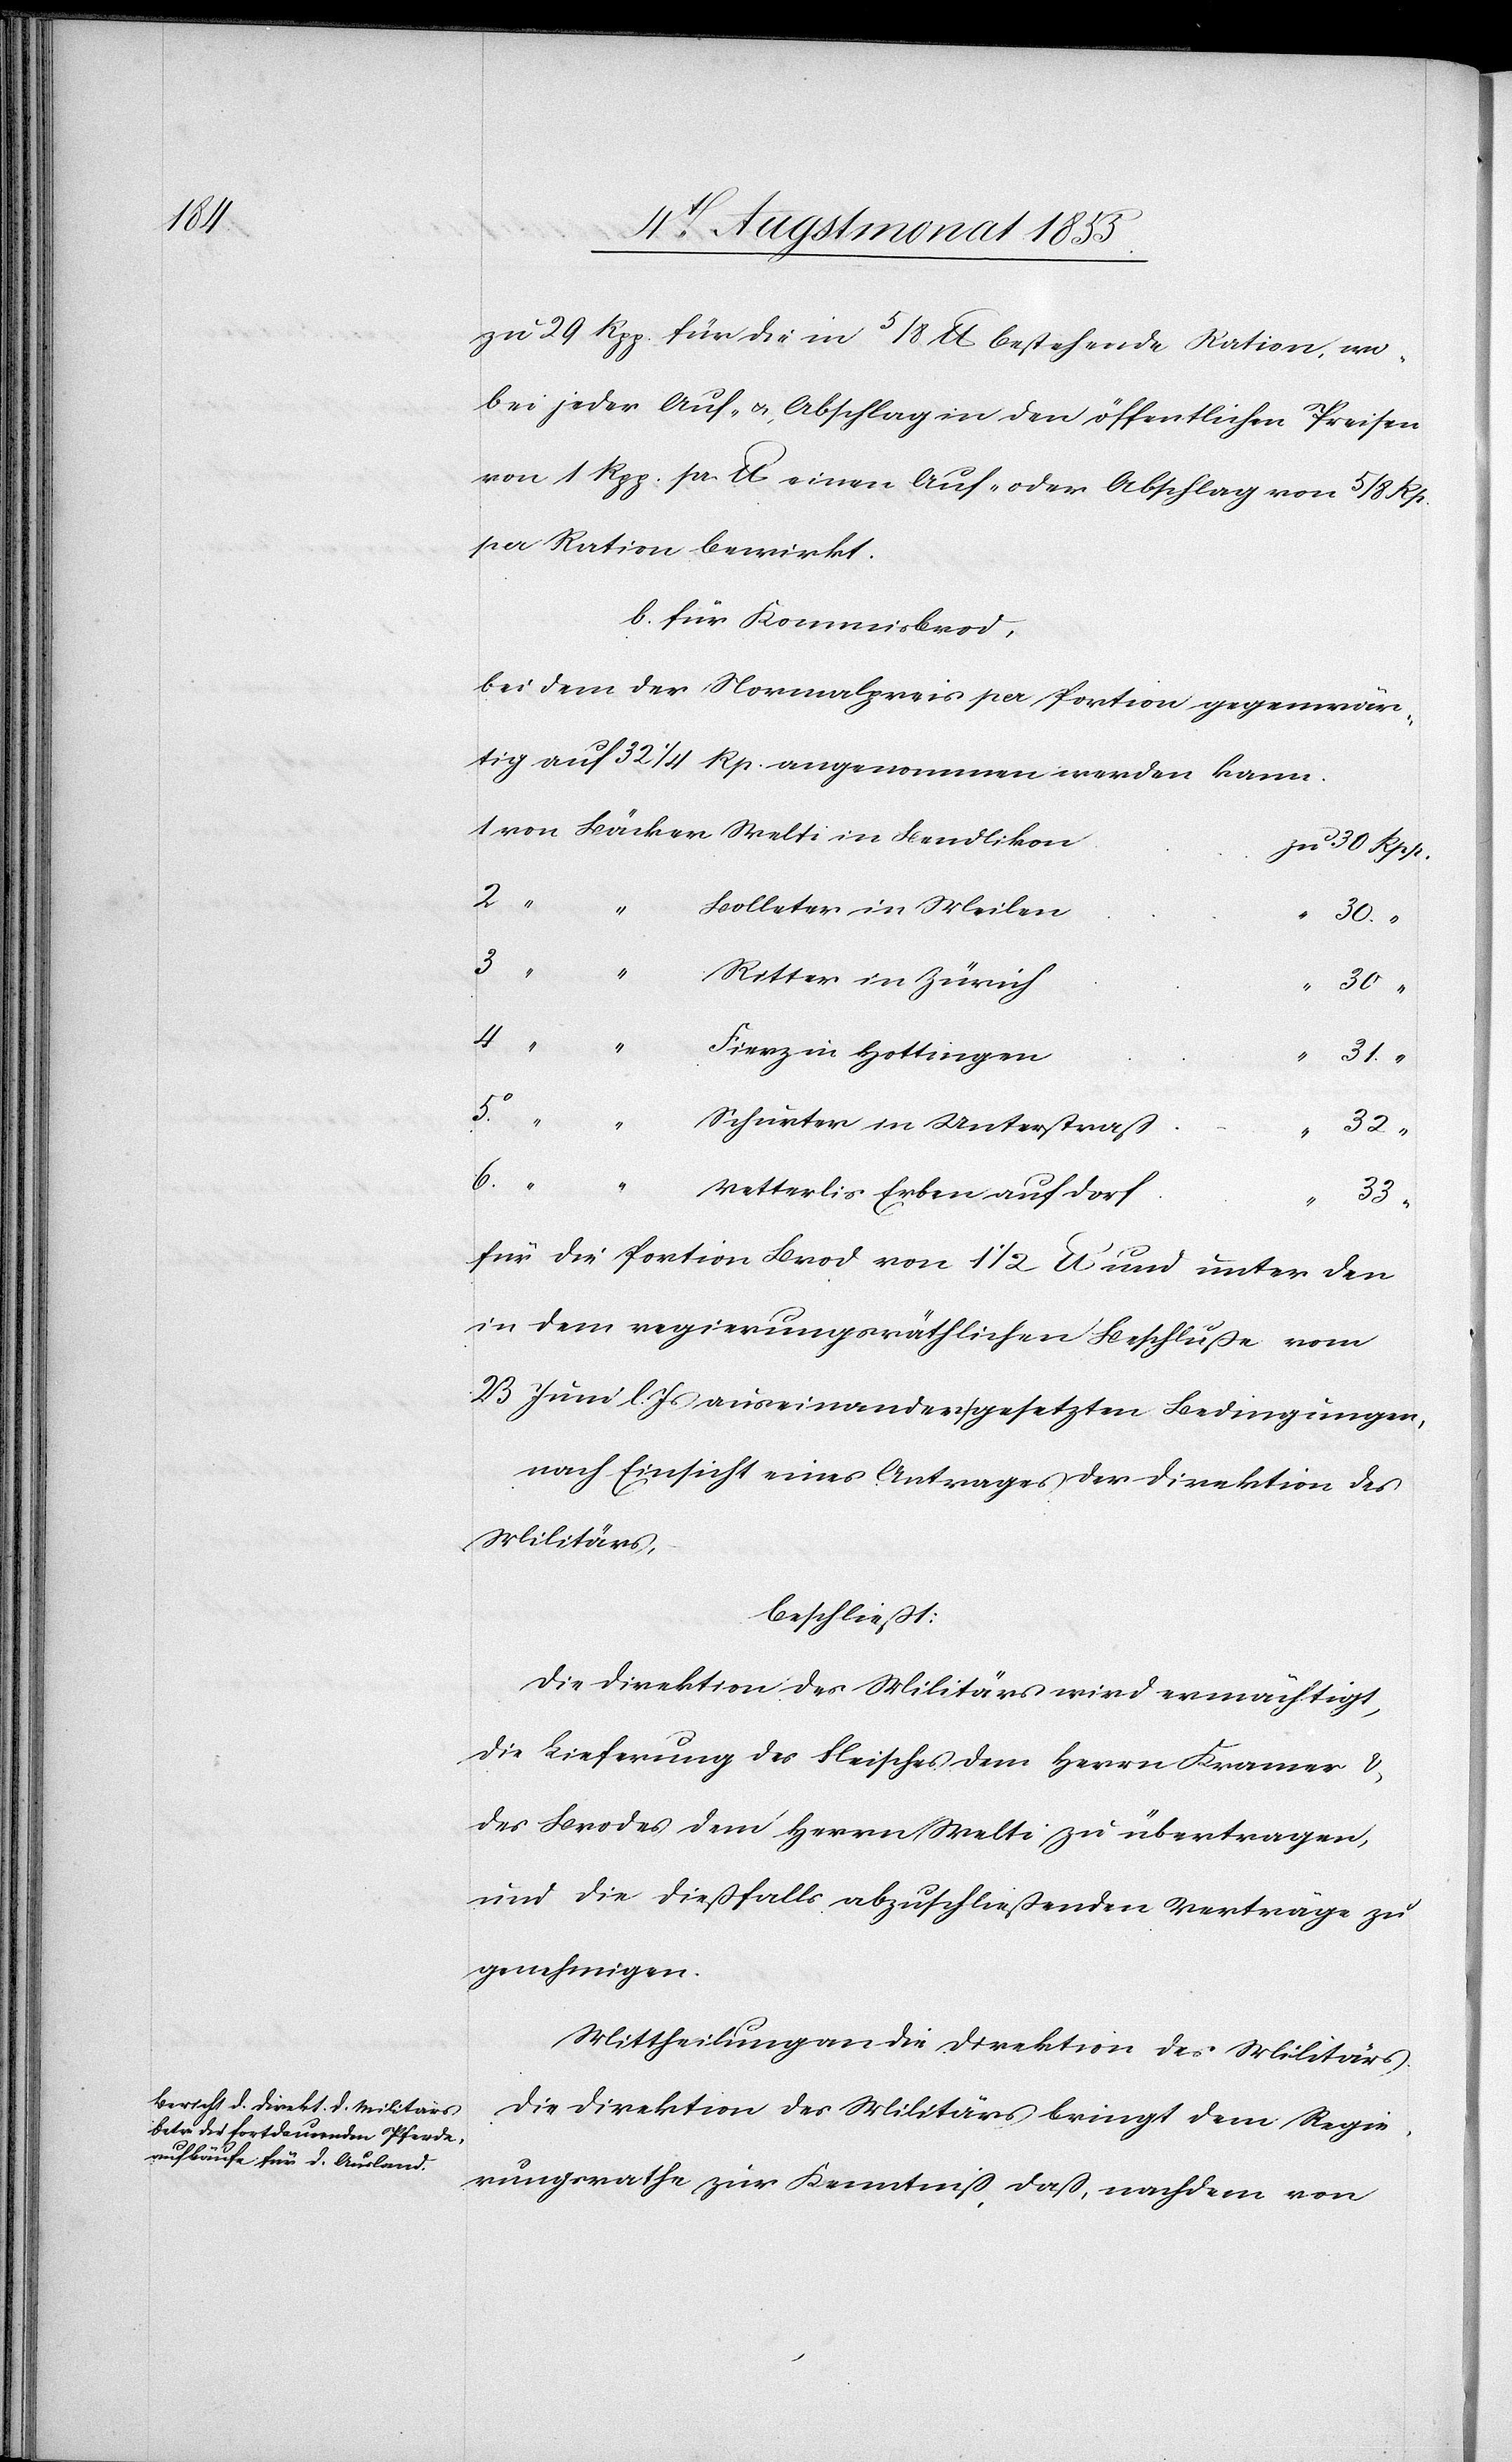
zu 29 Rpp. für die in 5/8 lb. bestehende Ration, wo¬
bei jeder Auf- & Abschlag in den öffentlichen Preisen
von 1 Rpp. pr. lb. einen Auf- oder Abschlag von 5/8 Rp.
per Ration bewirkt.
b. für Kommisbrod,
bei dem der Normalpreis per Portion gegenwär¬
tig auf 32 1/4 Rp. angenommen werden kann.
von Bäcker Welti in Bendlikon
30 Rpp.
“ “
Bolleter in Meilen
30.
“ “
Ritter in Zürich
30 “
Fierz in Hottingen
31.
5o.
Schurter in Unterstraß
32
“
6.
33 “
Vetterlis Erben auf Dorf
für die Portion Brod von 1 1/2 lb. und unter den
in dem regierungsräthlichen Beschluße vom
23 Juni l. Js auseinander gesetzten Bedingungen,
nach Einsicht eines Antrages der Direktion des
Militärs,
beschließt:
Die Direktion des Militärs wird ermächtigt,
die Lieferung des Fleisches dem Herrn Kramer &
des Brodes dem Herrn Welti zu übertragen,
und die dießfalls abzuschließenden Verträge zu
genehmigen.
Mittheilung an die Direktion des Militärs.
Die Direktion des Militärs bringt dem Regie¬
rungsrathe zur Kenntniß, daß, nachdem von